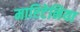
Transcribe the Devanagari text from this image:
मारिटेनिया